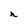
Character: n